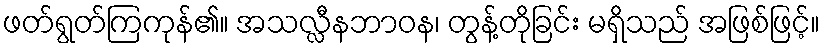
ဖတ်ရွတ်ကြကုန်၏။ အသလ္လီနဘာဝန၊ တွန့်တိုခြင်း မရှိသည် အဖြစ်ဖြင့်။